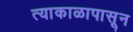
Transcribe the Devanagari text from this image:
त्याकाळापासून